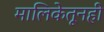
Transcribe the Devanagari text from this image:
मालिकेतूनही